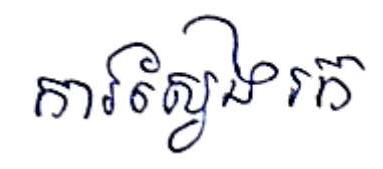
ការស្វែងរក